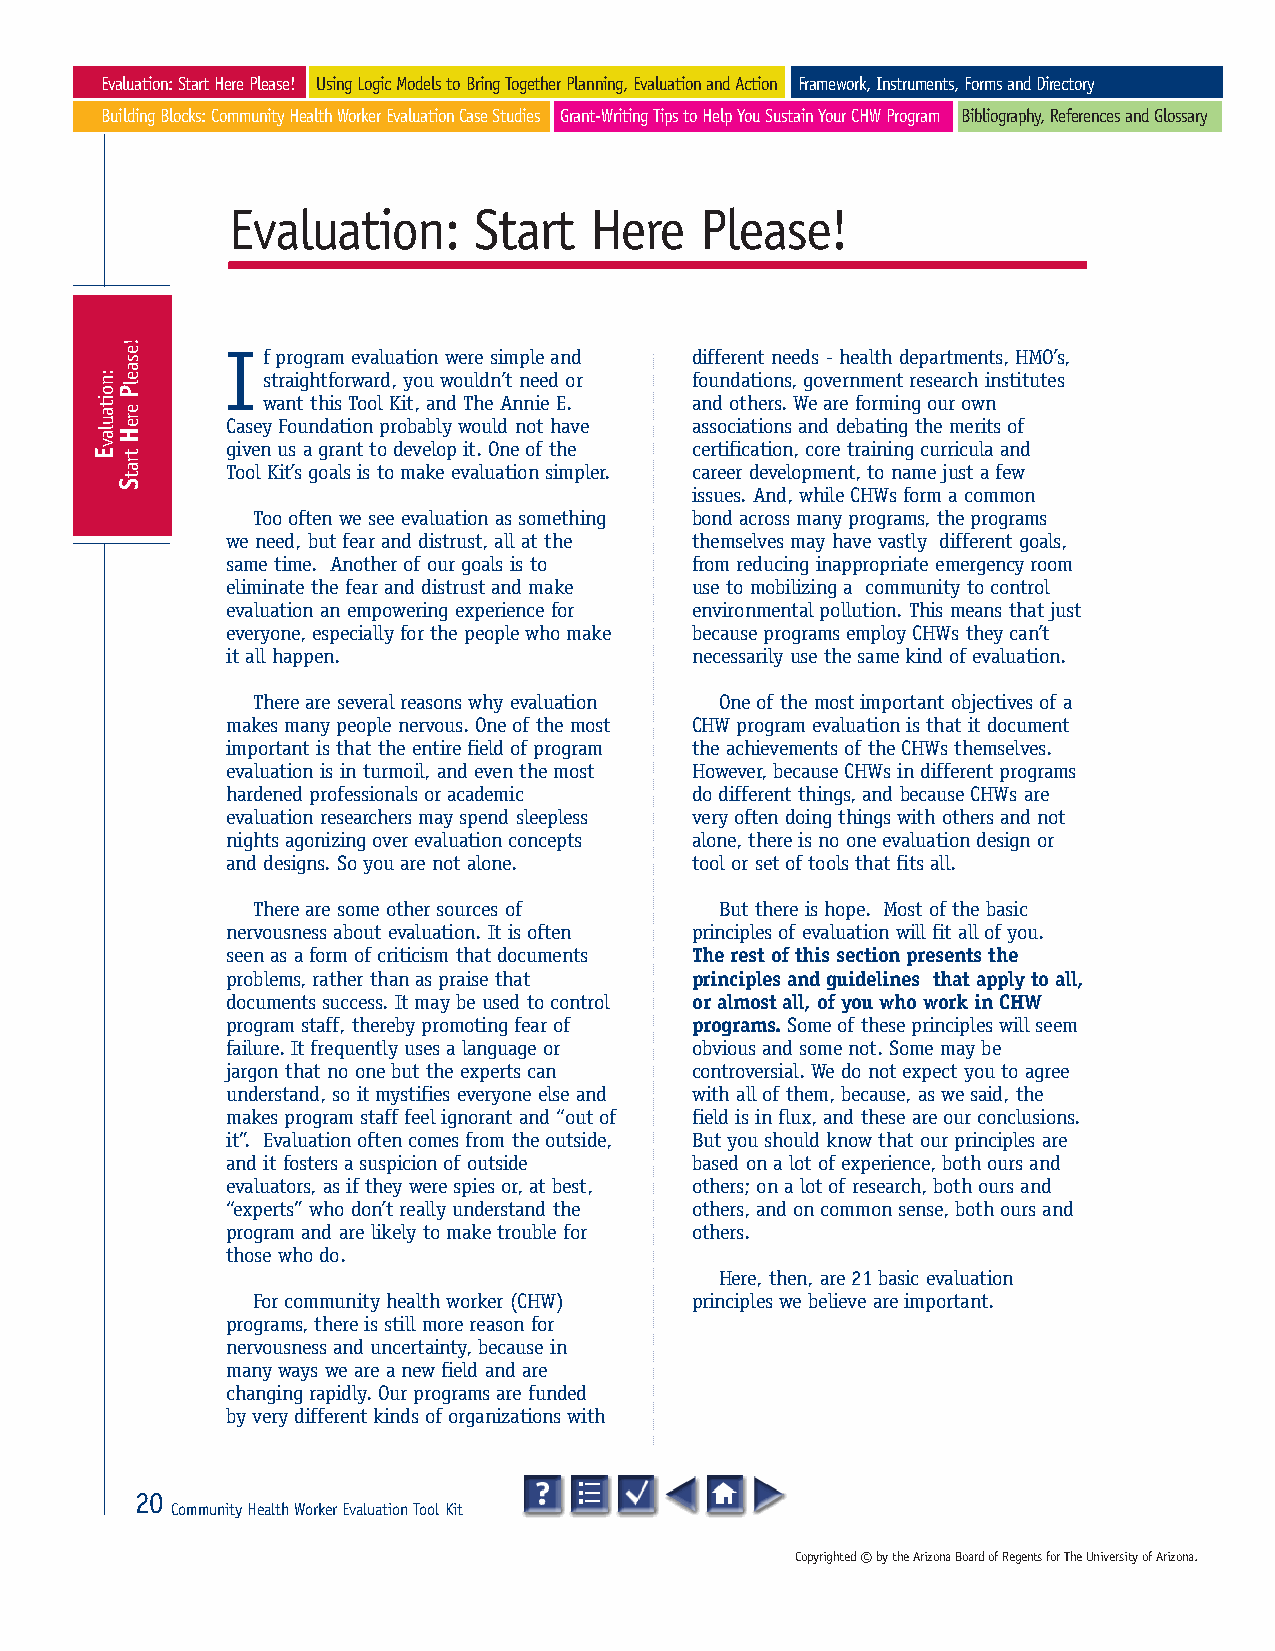
Evaluation: Start Here Please! Using Logic Models to Bring Together Planning, Evaluation and Action Framework, Instruments, Forms and Directory
 Building Blocks: Community Health Worker Evaluation Case Studies Grant-Writing Tips to Help You Sustain Your CHW Program Bibliography, References and Glossary
 Evaluation:     Start   Here   Please!
 I f program evaluation were simple and different needs - health departments, HMO’s,
 straightforward, you wouldn’t need or foundations, government research institutes
 want this Tool Kit, and The Annie E. and others. We are forming our own
 Casey Foundation probably would not have associations and debating the merits of
 given us a grant to develop it. One of the certification, core training curricula and
 Tool Kit’s goals is to make evaluation simpler. career development, to name just a few
 issues. And, while CHWs form a common
 Too often we see evaluation as something bond across many programs, the programs
 we need, but fear and distrust, all at the themselves may have vastly different goals,
 same time. Another of our goals is to from reducing inappropriate emergency room
 eliminate the fear and distrust and make use to mobilizing a community to control
 evaluation an empowering experience for environmental pollution. This means that just
 everyone, especially for the people who make because programs employ CHWs they can’t
 it all happen.                 necessarily use the same kind of evaluation.
 There are several reasons why evaluation One of the most important objectives of a
 makes many people nervous. One of the most CHW program evaluation is that it document
 important is that the entire field of program the achievements of the CHWs themselves.
 evaluation is in turmoil, and even the most However, because CHWs in different programs
 hardened professionals or academic do different things, and because CHWs are
 evaluation researchers may spend sleepless very often doing things with others and not
 nights agonizing over evaluation concepts alone, there is no one evaluation design or
 and designs. So you are not alone. tool or set of tools that fits all.
 There are some other sources of But there is hope. Most of the basic
 nervousness about evaluation. It is often principles of evaluation will fit all of you.
 seen as a form of criticism that documents The rest of this section presents the
 problems, rather than as praise that principles and guidelines that apply to all,
 documents success. It may be used to control or almost all, of you who work in CHW
 program staff, thereby promoting fear of programs.Some of these principles will seem
 failure. It frequently uses a language or obvious and some not. Some may be
 jargon that no one but the experts can controversial. We do not expect you to agree
 understand, so it mystifies everyone else and with all of them, because, as we said, the
 makes program staff feel ignorant and “out of field is in flux, and these are our conclusions.
 it”. Evaluation often comes from the outside, But you should know that our principles are
 and it fosters a suspicion of outside based on a lot of experience, both ours and
 evaluators, as if they were spies or, at best, others; on a lot of research, both ours and
 “experts” who don’t really understand the others, and on common sense, both ours and
 program and are likely to make trouble for others.
 those who do.
 Here, then, are 21 basic evaluation
 For community health worker (CHW) principles we believe are important.
 programs, there is still more reason for
 nervousness and uncertainty, because in
 many ways we are a new field and are
 changing rapidly. Our programs are funded
 by very different kinds of organizations with
 20
 Community Health Worker Evaluation Tool Kit
 Copyrighted ©by the Arizona Board of Regents for The University of Arizona.
 :noitaulavE
 !esaelP
 ereH
 tratS